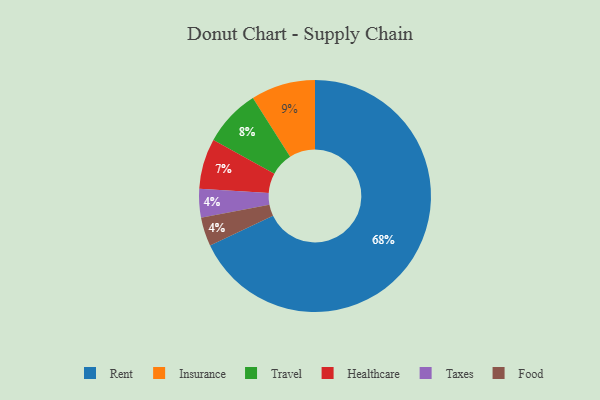
{"axis": {"x": "Category", "y": "Percentage"}, "legend": ["Food", "Healthcare", "Insurance", "Rent", "Taxes", "Travel"], "data": [{"x": "Rent", "y": 68, "type": "Rent"}, {"x": "Insurance", "y": 9, "type": "Insurance"}, {"x": "Taxes", "y": 4, "type": "Taxes"}, {"x": "Food", "y": 4, "type": "Food"}, {"x": "Healthcare", "y": 7, "type": "Healthcare"}, {"x": "Travel", "y": 8, "type": "Travel"}]}